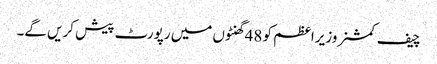
چیف کمشنر وزیراعظم کو 48 گھنٹوں میں رپورٹ پیش کریں گے۔